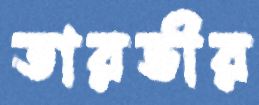
তারভীর